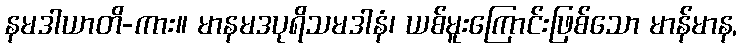
နမဒါယာတိ-ကား။ မာနမဒပုရိသမဒါနံ၊ ယစ်မူးကြောင်းဖြစ်သော မာန်မာန,